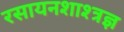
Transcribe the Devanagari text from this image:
रसायनशाश्त्रज्ञ